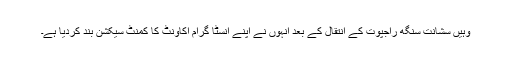
وہیں سشانت سنگھ راجپوت کے انتقال کے بعد انہوں نے اپنے انسٹا گرام اکاونٹ کا کمنٹ سیکشن بند کردیا ہے۔